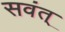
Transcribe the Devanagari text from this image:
सवंत्‌